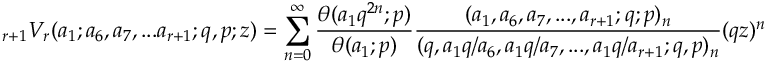
\displaystyle _ { r + 1 } V _ { r } ( a _ { 1 } ; a _ { 6 } , a _ { 7 } , . . . a _ { r + 1 } ; q , p ; z ) = \sum _ { n = 0 } ^ { \infty } { \frac { \theta ( a _ { 1 } q ^ { 2 n } ; p ) } { \theta ( a _ { 1 } ; p ) } } { \frac { ( a _ { 1 } , a _ { 6 } , a _ { 7 } , . . . , a _ { r + 1 } ; q ; p ) _ { n } } { ( q , a _ { 1 } q / a _ { 6 } , a _ { 1 } q / a _ { 7 } , . . . , a _ { 1 } q / a _ { r + 1 } ; q , p ) _ { n } } } ( q z ) ^ { n }